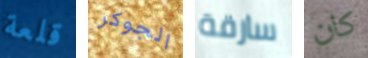
قلعة الجوكر سارقة كان